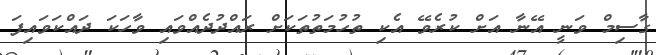
ގާސިމް ވަނީ އޭނާ އަށް ކުރެވޭ އެކި ތުހުމަތުތަކަށް ރައްދުދެއްވައި ވާހަކަ ދައްކަވައިފަ